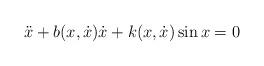
LaTeX: \begin{align*}\ddot x + b(x,\dot x) \dot x + k(x,\dot x) \sin x = 0\end{align*}